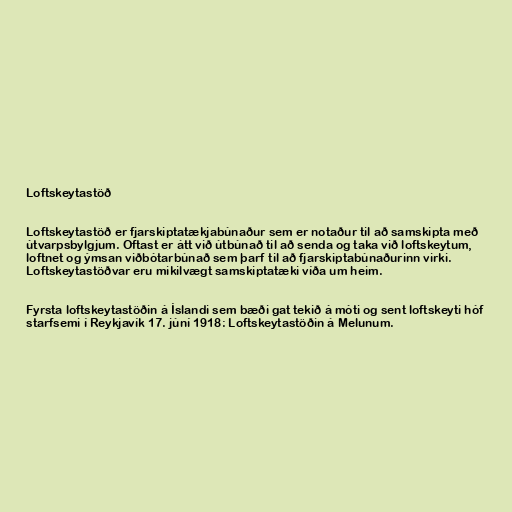
Loftskeytastöð

Loftskeytastöð er fjarskiptatækjabúnaður sem er notaður til að samskipta með
útvarpsbylgjum. Oftast er átt við útbúnað til að senda og taka við loftskeytum,
loftnet og ýmsan viðbótarbúnað sem þarf til að fjarskiptabúnaðurinn virki.
Loftskeytastöðvar eru mikilvægt samskiptatæki víða um heim.

Fyrsta loftskeytastöðin á Íslandi sem bæði gat tekið á móti og sent loftskeyti hóf
starfsemi í Reykjavík 17. júní 1918: Loftskeytastöðin á Melunum.